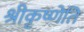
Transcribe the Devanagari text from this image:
श्रीकृष्णेति